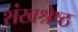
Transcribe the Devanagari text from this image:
शंखश्रेष्ठ